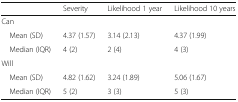
<table><thead><tr><td></td><td><b>Severity</b></td><td><b>Likelihood 1 year</b></td><td><b>Likelihood 10 years</b></td></tr></thead><tbody><tr><td colspan="4">Can</td></tr><tr><td> Mean (SD)</td><td>4.37 (1.57)</td><td>3.14 (2.13)</td><td>4.37 (1.99)</td></tr><tr><td> Median (IQR)</td><td>4 (2)</td><td>2 (4)</td><td>4 (3)</td></tr><tr><td colspan="4">Will</td></tr><tr><td> Mean (SD)</td><td>4.82 (1.62)</td><td>3.24 (1.89)</td><td>5.06 (1.67)</td></tr><tr><td> Median (IQR)</td><td>5 (2)</td><td>3 (3)</td><td>5 (3)</td></tr></tbody></table>